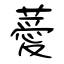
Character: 薆